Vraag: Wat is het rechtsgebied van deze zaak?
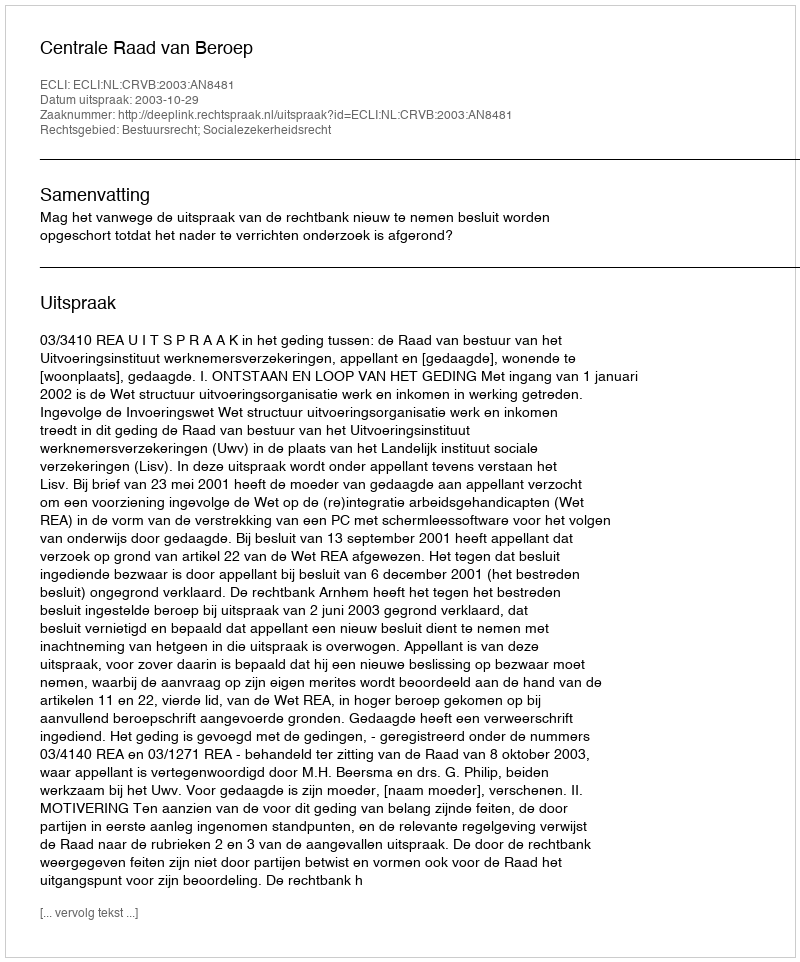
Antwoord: Bestuursrecht; Socialezekerheidsrecht